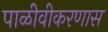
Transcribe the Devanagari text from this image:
पाळीवीकरणास